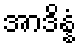
အာဒိန္နံ